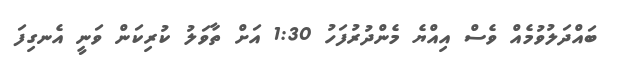
ބައްދަލުވުމެއް ވެސް އިއްޔެ މެންދުރުފަހު 1:30 އަށް ތާވަލު ކުރިކަން ވަނީ އެނގިފަ